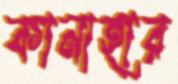
কানাহার